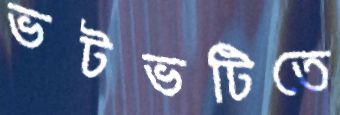
ভটভটিতে